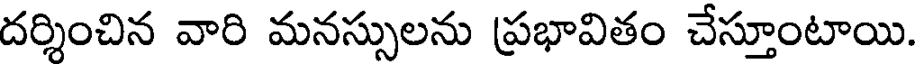
దర్శించిన వారి మనస్సులను ప్రభావితం చేస్తూంటాయి.